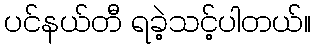
ပင်နယ်တီ ရခဲ့သင့်ပါတယ်။